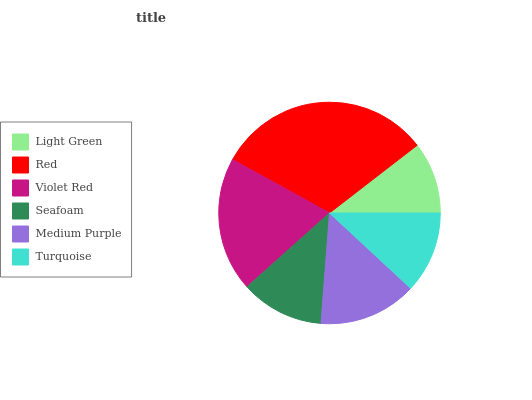
| Light Green | Red | Violet Red | Seafoam | Medium Purple | Turquoise |
 | --- | --- | --- | --- | --- | --- |
 | 10.5% | 31.5% | 19.6% | 12.2% | 14.3% | 11.9% |